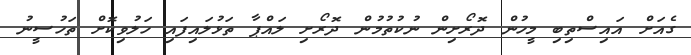
ގެއަށް އައިސްތިބި މީހުން ދޮރޯށިން ނުކުތުމުން ދޮރޯށި ލައްޕާ ތަޅުލައިފައި ހަލުވިކޮށް ތަހުސީނު